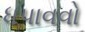
ધપાવવો